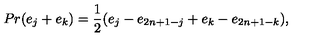
P r ( e _ { j } + e _ { k } ) = { \frac { 1 } { 2 } } ( e _ { j } - e _ { 2 n + 1 - j } + e _ { k } - e _ { 2 n + 1 - k } ) ,